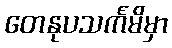
တေနုပသင်္ကမိမှာ